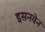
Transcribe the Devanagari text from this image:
इसनवेन